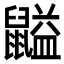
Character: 𪕶